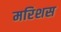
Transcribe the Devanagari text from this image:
मरिशस